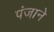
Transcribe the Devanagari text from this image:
पंजाने